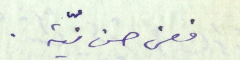
فعن حسن نيّة.